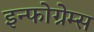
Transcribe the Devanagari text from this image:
इन्फोग्रेम्स